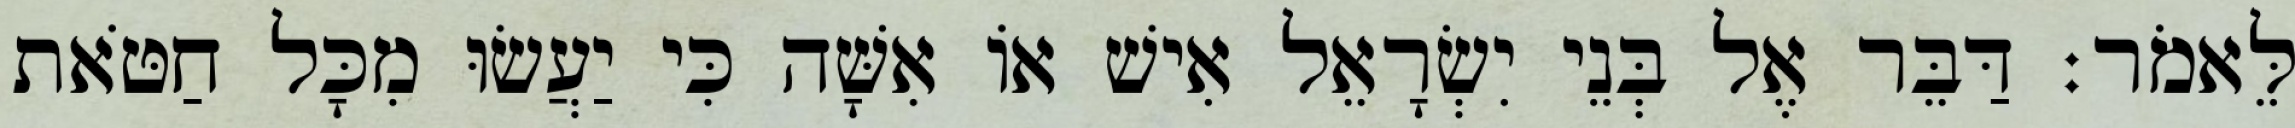
לֵּאמֹר׃ דַּבֵּר אֶל בְּנֵי יִשְׂרָאֵל אִישׁ אוֹ אִשָּׁה כִּי יַעֲשׂוּ מִכָּל חַטֹּאת